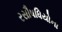
રસૌષધિયોના